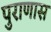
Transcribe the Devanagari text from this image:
पुराणास